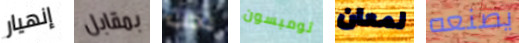
إنهيار بمقابل يجب تومبسون لمعان يصنعه